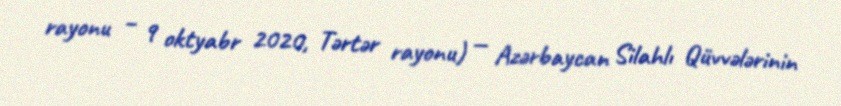
rayonu – 9 oktyabr 2020, Tərtər rayonu) — Azərbaycan Silahlı Qüvvələrinin